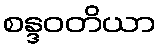
စန္ဒဝတိယာ